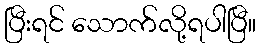
ပြီးရင် သောက်လို့ရပါပြီ။